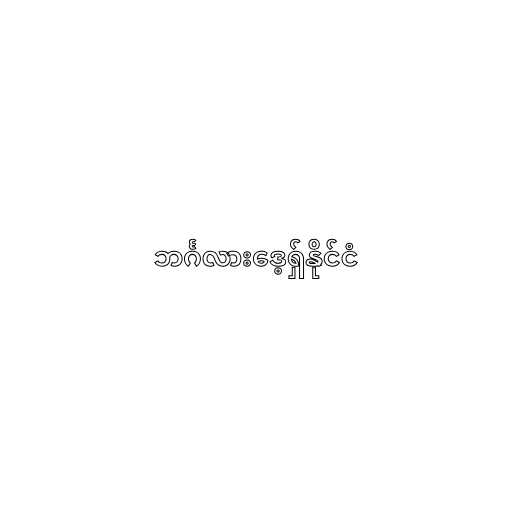
ဘင်္ဂလားဒေ့ရှ်နိုင်ငံ